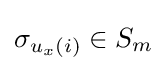
\sigma _{u_{x}(i)}\in S_{m}